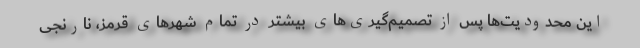
این محدودیت‌ها پس از تصمیم‌گیری‌های بیشتر در تمام شهرهای قرمز، نارنجی